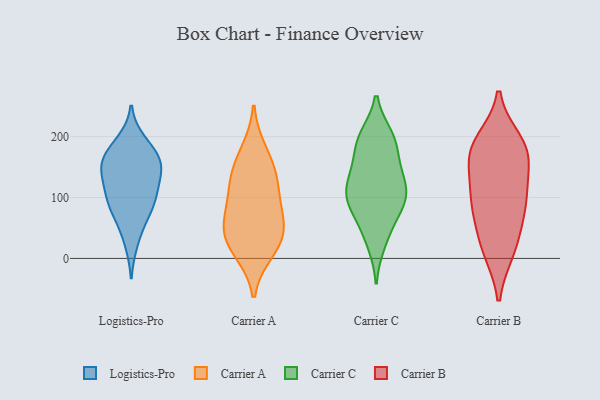
{"axis": {"x": "Humidity (%)", "y": "Value"}, "legend": ["Carrier A", "Carrier B", "Carrier C", "Logistics-Pro"], "data": [{"x": "", "y": 154, "type": "Logistics-Pro"}, {"x": "", "y": 158, "type": "Logistics-Pro"}, {"x": "", "y": 149, "type": "Logistics-Pro"}, {"x": "", "y": 162, "type": "Logistics-Pro"}, {"x": "", "y": 26, "type": "Logistics-Pro"}, {"x": "", "y": 82, "type": "Logistics-Pro"}, {"x": "", "y": 184, "type": "Logistics-Pro"}, {"x": "", "y": 119, "type": "Logistics-Pro"}, {"x": "", "y": 87, "type": "Logistics-Pro"}, {"x": "", "y": 92, "type": "Logistics-Pro"}, {"x": "", "y": 192, "type": "Logistics-Pro"}, {"x": "", "y": 158, "type": "Logistics-Pro"}, {"x": "", "y": 127, "type": "Logistics-Pro"}, {"x": "", "y": 109, "type": "Logistics-Pro"}, {"x": "", "y": 60, "type": "Logistics-Pro"}, {"x": "", "y": 176, "type": "Carrier A"}, {"x": "", "y": 144, "type": "Carrier A"}, {"x": "", "y": 55, "type": "Carrier A"}, {"x": "", "y": 135, "type": "Carrier A"}, {"x": "", "y": 108, "type": "Carrier A"}, {"x": "", "y": 48, "type": "Carrier A"}, {"x": "", "y": 12, "type": "Carrier A"}, {"x": "", "y": 19, "type": "Carrier A"}, {"x": "", "y": 47, "type": "Carrier A"}, {"x": "", "y": 90, "type": "Carrier A"}, {"x": "", "y": 187, "type": "Carrier C"}, {"x": "", "y": 122, "type": "Carrier C"}, {"x": "", "y": 196, "type": "Carrier C"}, {"x": "", "y": 200, "type": "Carrier C"}, {"x": "", "y": 79, "type": "Carrier C"}, {"x": "", "y": 41, "type": "Carrier C"}, {"x": "", "y": 97, "type": "Carrier C"}, {"x": "", "y": 101, "type": "Carrier C"}, {"x": "", "y": 104, "type": "Carrier C"}, {"x": "", "y": 149, "type": "Carrier C"}, {"x": "", "y": 196, "type": "Carrier C"}, {"x": "", "y": 107, "type": "Carrier C"}, {"x": "", "y": 25, "type": "Carrier C"}, {"x": "", "y": 128, "type": "Carrier C"}, {"x": "", "y": 152, "type": "Carrier C"}, {"x": "", "y": 74, "type": "Carrier C"}, {"x": "", "y": 181, "type": "Carrier B"}, {"x": "", "y": 94, "type": "Carrier B"}, {"x": "", "y": 191, "type": "Carrier B"}, {"x": "", "y": 114, "type": "Carrier B"}, {"x": "", "y": 167, "type": "Carrier B"}, {"x": "", "y": 15, "type": "Carrier B"}, {"x": "", "y": 92, "type": "Carrier B"}, {"x": "", "y": 93, "type": "Carrier B"}, {"x": "", "y": 173, "type": "Carrier B"}, {"x": "", "y": 170, "type": "Carrier B"}, {"x": "", "y": 46, "type": "Carrier B"}, {"x": "", "y": 14, "type": "Carrier B"}]}